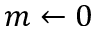
m \gets 0